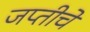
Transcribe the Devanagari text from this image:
जप्तीचे